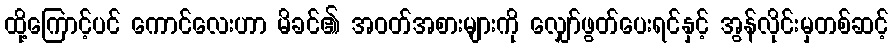
ထို့ကြောင့်ပင် ကောင်လေးဟာ မိခင်၏ အဝတ်အစားများကို လျှော်ဖွတ်ပေးရင်နှင့် အွန်လိုင်းမှတစ်ဆင့်